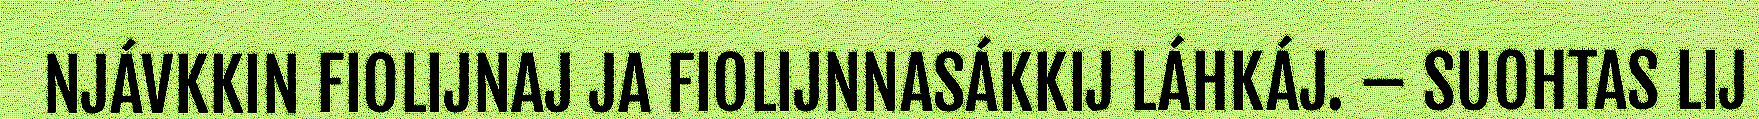
NJÁVKKIN FIOLIJNAJ JA FIOLIJNNASÁKKIJ LÁHKÁJ. – SUOHTAS LIJ